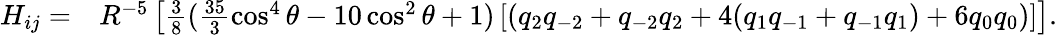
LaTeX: \begin{array}{rl}{H_{ij}=}&{{}R^{-5}\left[\frac{3}{8}(\frac{35}{3}\cos^{4}\theta-10\cos^{2}\theta+1)\left[\left(q_{2}q_{-2}+q_{-2}q_{2}+4(q_{1}q_{-1}+q_{-1}q_{1})+6q_{0}q_{0}\right)\right]\right].}\end{array}